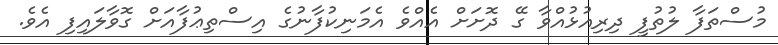
މުސްތަފާ ލުތުފީ ދިރިއުޅުއްވާ ގޭ ދޮށަށް އެއްވެ އެމަނިކުފާނުގެ އިސްތިޢުފާއަށް ގޮވާލައިފި އެވެ.